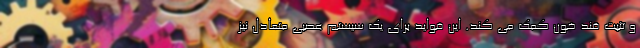
و تثبت قند خون کمک می کند. این فواید برای یک سیستم عصبی متعادل نیز